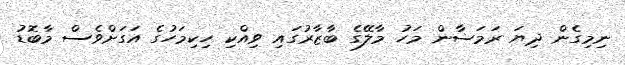
ނިމިގެން ދިޔަ ރަމަޟާން މަހު މާލޭގެ ބާޒާރުގައި ވިއްކި ހިކިމަހުގެ އަގަށްވެސް މާބޮޑު